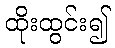
ထိုးထွင်း၍